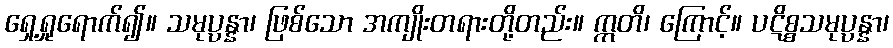
ရှေ့ရှုရောက်၍။ သမုပ္ပန္နာ၊ ဖြစ်သော အကျိုးတရားတို့တည်း။ ဣတိ၊ ကြောင့်။ ပဋိစ္စသမုပ္ပန္နာ၊